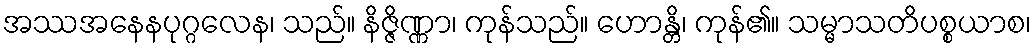
အဿအနေနပုဂ္ဂလေန၊ သည်။ နိဇ္ဇိဏ္ဏာ၊ ကုန်သည်။ ဟောန္တိ၊ ကုန်၏။ သမ္မာသတိပစ္စယာစ၊